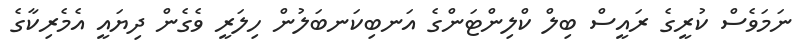
ނަމަވެސް ކުރީގެ ރައީސް ބިލް ކްލިންޓަންގެ އަނބިކަނބަލުން ހިލަރީ ވެގެން ދިޔައީ އެމެރިކާގެ